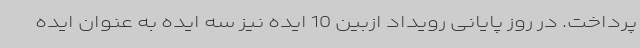
پرداخت. در روز پایانی رویداد ازبین 10 ایده نیز سه ایده به عنوان ایده